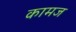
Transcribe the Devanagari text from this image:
कामज